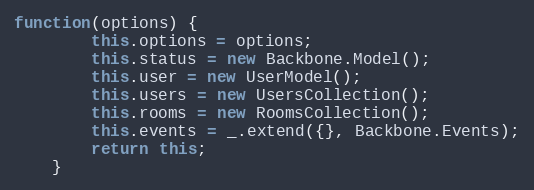
Language: JavaScript
function(options) {
        this.options = options;
        this.status = new Backbone.Model();
        this.user = new UserModel();
        this.users = new UsersCollection();
        this.rooms = new RoomsCollection();
        this.events = _.extend({}, Backbone.Events);
        return this;
    }